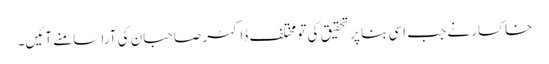
خاکسار نے جب اسی بنا پر تحقیق کی تو مختلف ڈاکٹر صاحبان کی آرا سامنے آئیں۔